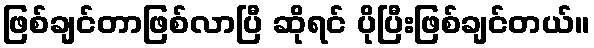
ဖြစ်ချင်တာဖြစ်လာပြီ ဆိုရင် ပိုပြီးဖြစ်ချင်တယ်။